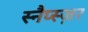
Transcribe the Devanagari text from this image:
स्नैप्स्ज़र